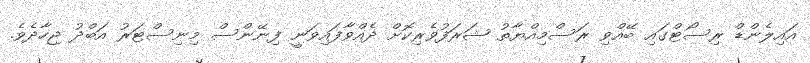
އައިލެންޑް ރިސޯޓްގައި ބޭއްވި ރަސްމިއްޔާތު ޝަރަފުވެރިކޮށް ދެއްވާފައިވަނީ ފިނޭންސް މިިނިސްޓަރު އަބްދު ޖިހާދެވެ.